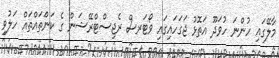
މާލޭގައި ހުންނަ ހުވަދޫ އަތޮޅު ޖަގަހައިގައި ވޯޓަރސް ރެޖިސްޓްރޭޝަން ގެ ކަންަތައްތައް ހަލުވި